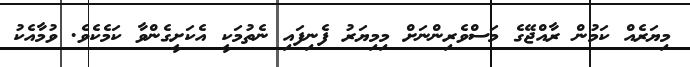
މިޔަރެއް ކަމުން ރާއްޖޭގެ މަސްވެރިންނަށް މިމިޔަރު ފެނިފައި ނެތުމަކީ އެކަށީގެންވާ ކަމެކެވެ. ވުމާއެކު